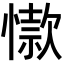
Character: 𢡜